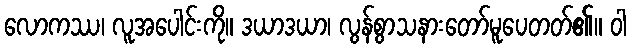
လောကဿ၊ လူအပေါင်းကို။ ဒယာဒယာ၊ လွန်စွာသနားတော်မူပေတတ်၏။ ဝါ